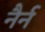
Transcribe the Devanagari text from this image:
नैर्न